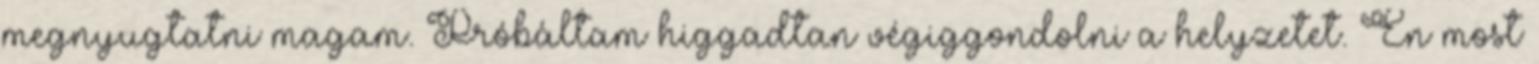
megnyugtatni magam. Próbáltam higgadtan végiggondolni a helyzetet. Én most